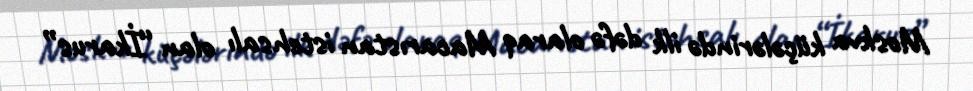
Moskva küçələrində ilk dəfə olaraq Macarıstan istehsalı olan “İkarus”